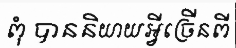
ពុំ បាននិយាយអ្វីច្រើនពី